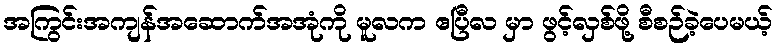
အကြွင်းအကျန်အဆောက်အအုံကို မူလက ဧပြီလ မှာ ဖွင့်လှစ်ဖို့ စီစဉ်ခဲ့ပေမယ့်